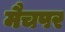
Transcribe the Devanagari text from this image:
मैचपर